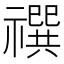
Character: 𰨓